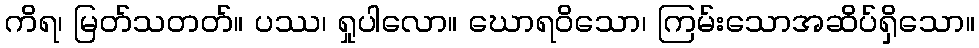
ကိရ၊ မြတ်သတတ်။ ပဿ၊ ရှုပါလော။ ဃောရဝိသော၊ ကြမ်းသောအဆိပ်ရှိသော။